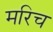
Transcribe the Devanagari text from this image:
मरिच